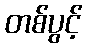
တစ်ပွင့်